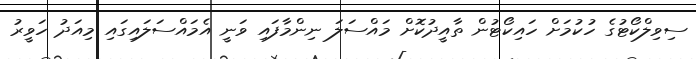
ސިވިލްކޯޓުގެ ހުކުމަށް ހައިކޯޓުން ތާއީދުކޮށް މައްސަލަ ނިންމާފައި ވަނީ އެމައްސަލައިގައި މިއަދު ހަވީރު